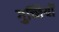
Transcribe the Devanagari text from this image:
गुच्छियों